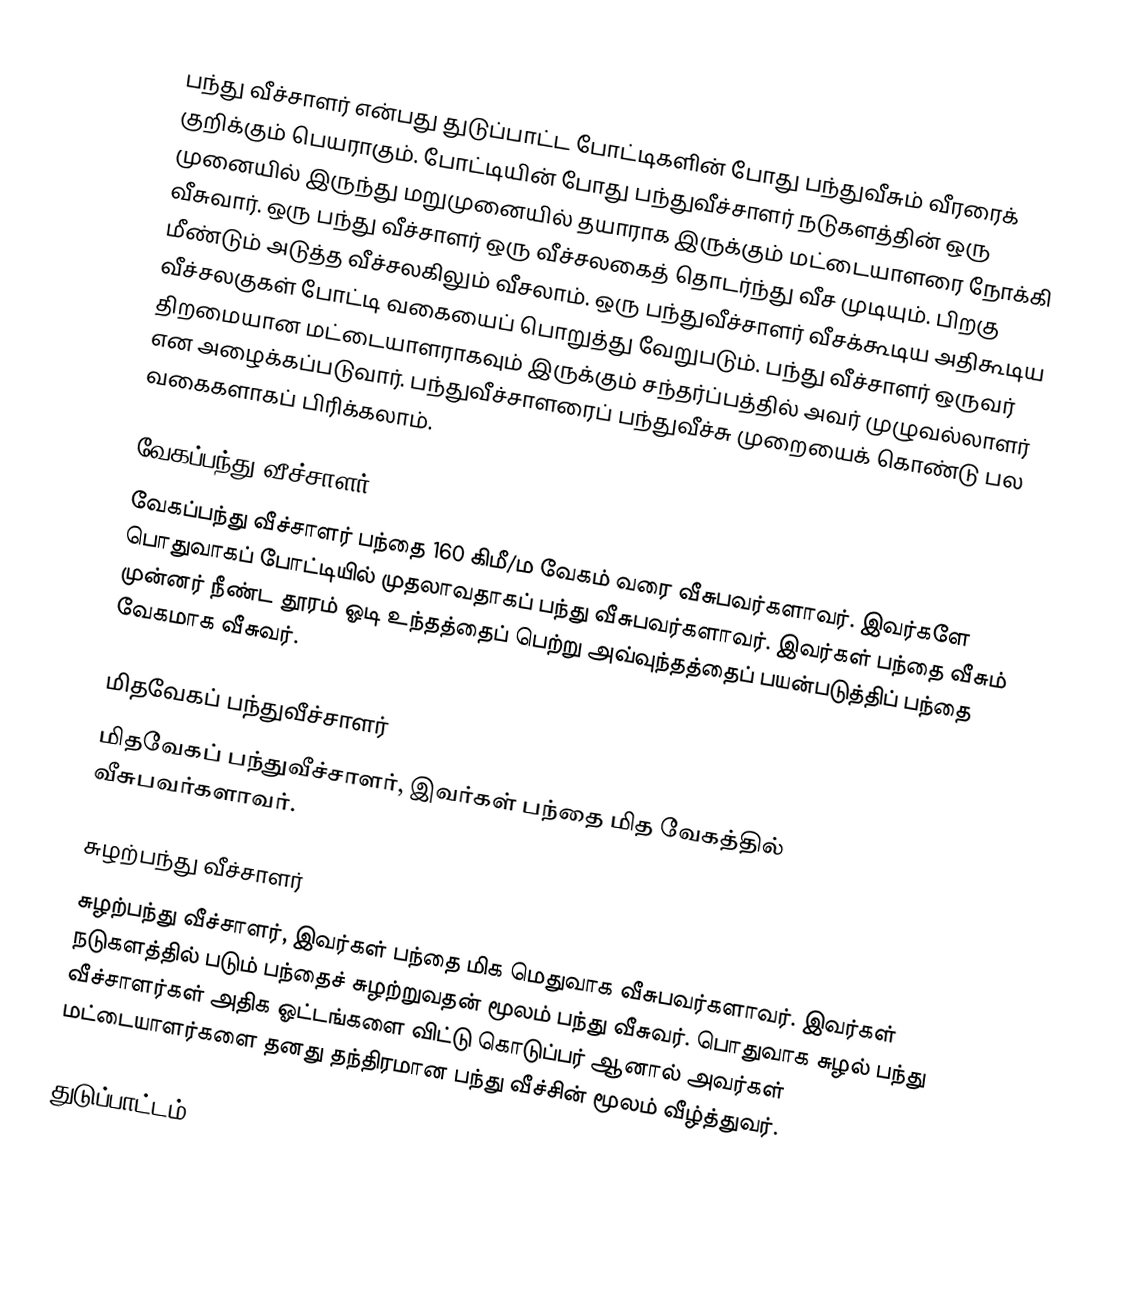
பந்து வீச்சாளர் என்பது துடுப்பாட்ட போட்டிகளின் போது பந்துவீசும் வீரரைக் குறிக்கும் பெயராகும். போட்டியின் போது பந்துவீச்சாளர் நடுகளத்தின் ஒரு முனையில் இருந்து மறுமுனையில் தயாராக இருக்கும் மட்டையாளரை நோக்கி வீசுவார். ஒரு பந்து வீச்சாளர் ஒரு வீச்சலகைத் தொடர்ந்து வீச முடியும். பிறகு மீண்டும் அடுத்த வீச்சலகிலும் வீசலாம். ஒரு பந்துவீச்சாளர் வீசக்கூடிய அதிகூடிய வீச்சலகுகள் போட்டி வகையைப் பொறுத்து வேறுபடும். பந்து வீச்சாளர் ஒருவர் திறமையான மட்டையாளராகவும் இருக்கும் சந்தர்ப்பத்தில் அவர் முழுவல்லாளர் என அழைக்கப்படுவார். பந்துவீச்சாளரைப் பந்துவீச்சு முறையைக் கொண்டு பல வகைகளாகப் பிரிக்கலாம்.

வேகப்பந்து வீச்சாளர்
வேகப்பந்து வீச்சாளர் பந்தை 160 கிமீ/ம வேகம் வரை வீசுபவர்களாவர். இவர்களே பொதுவாகப் போட்டியில் முதலாவதாகப் பந்து வீசுபவர்களாவர். இவர்கள் பந்தை வீசும் முன்னர் நீண்ட தூரம் ஓடி உந்தத்தைப் பெற்று அவ்வுந்தத்தைப் பயன்படுத்திப் பந்தை வேகமாக வீசுவர்.

மிதவேகப் பந்துவீச்சாளர்
மிதவேகப் பந்துவீச்சாளர், இவர்கள் பந்தை மித வேகத்தில் வீசுபவர்களாவர்.

சுழற்பந்து வீச்சாளர்
சுழற்பந்து வீச்சாளர், இவர்கள் பந்தை மிக மெதுவாக வீசுபவர்களாவர். இவர்கள் நடுகளத்தில் படும் பந்தைச் சுழற்றுவதன் மூலம் பந்து வீசுவர். பொதுவாக சுழல் பந்து வீச்சாளர்கள் அதிக ஓட்டங்களை  விட்டு கொடுப்பர் ஆனால் அவர்கள் மட்டையாளர்களை தனது தந்திரமான பந்து வீச்சின் மூலம் வீழ்த்துவர்.

துடுப்பாட்டம்